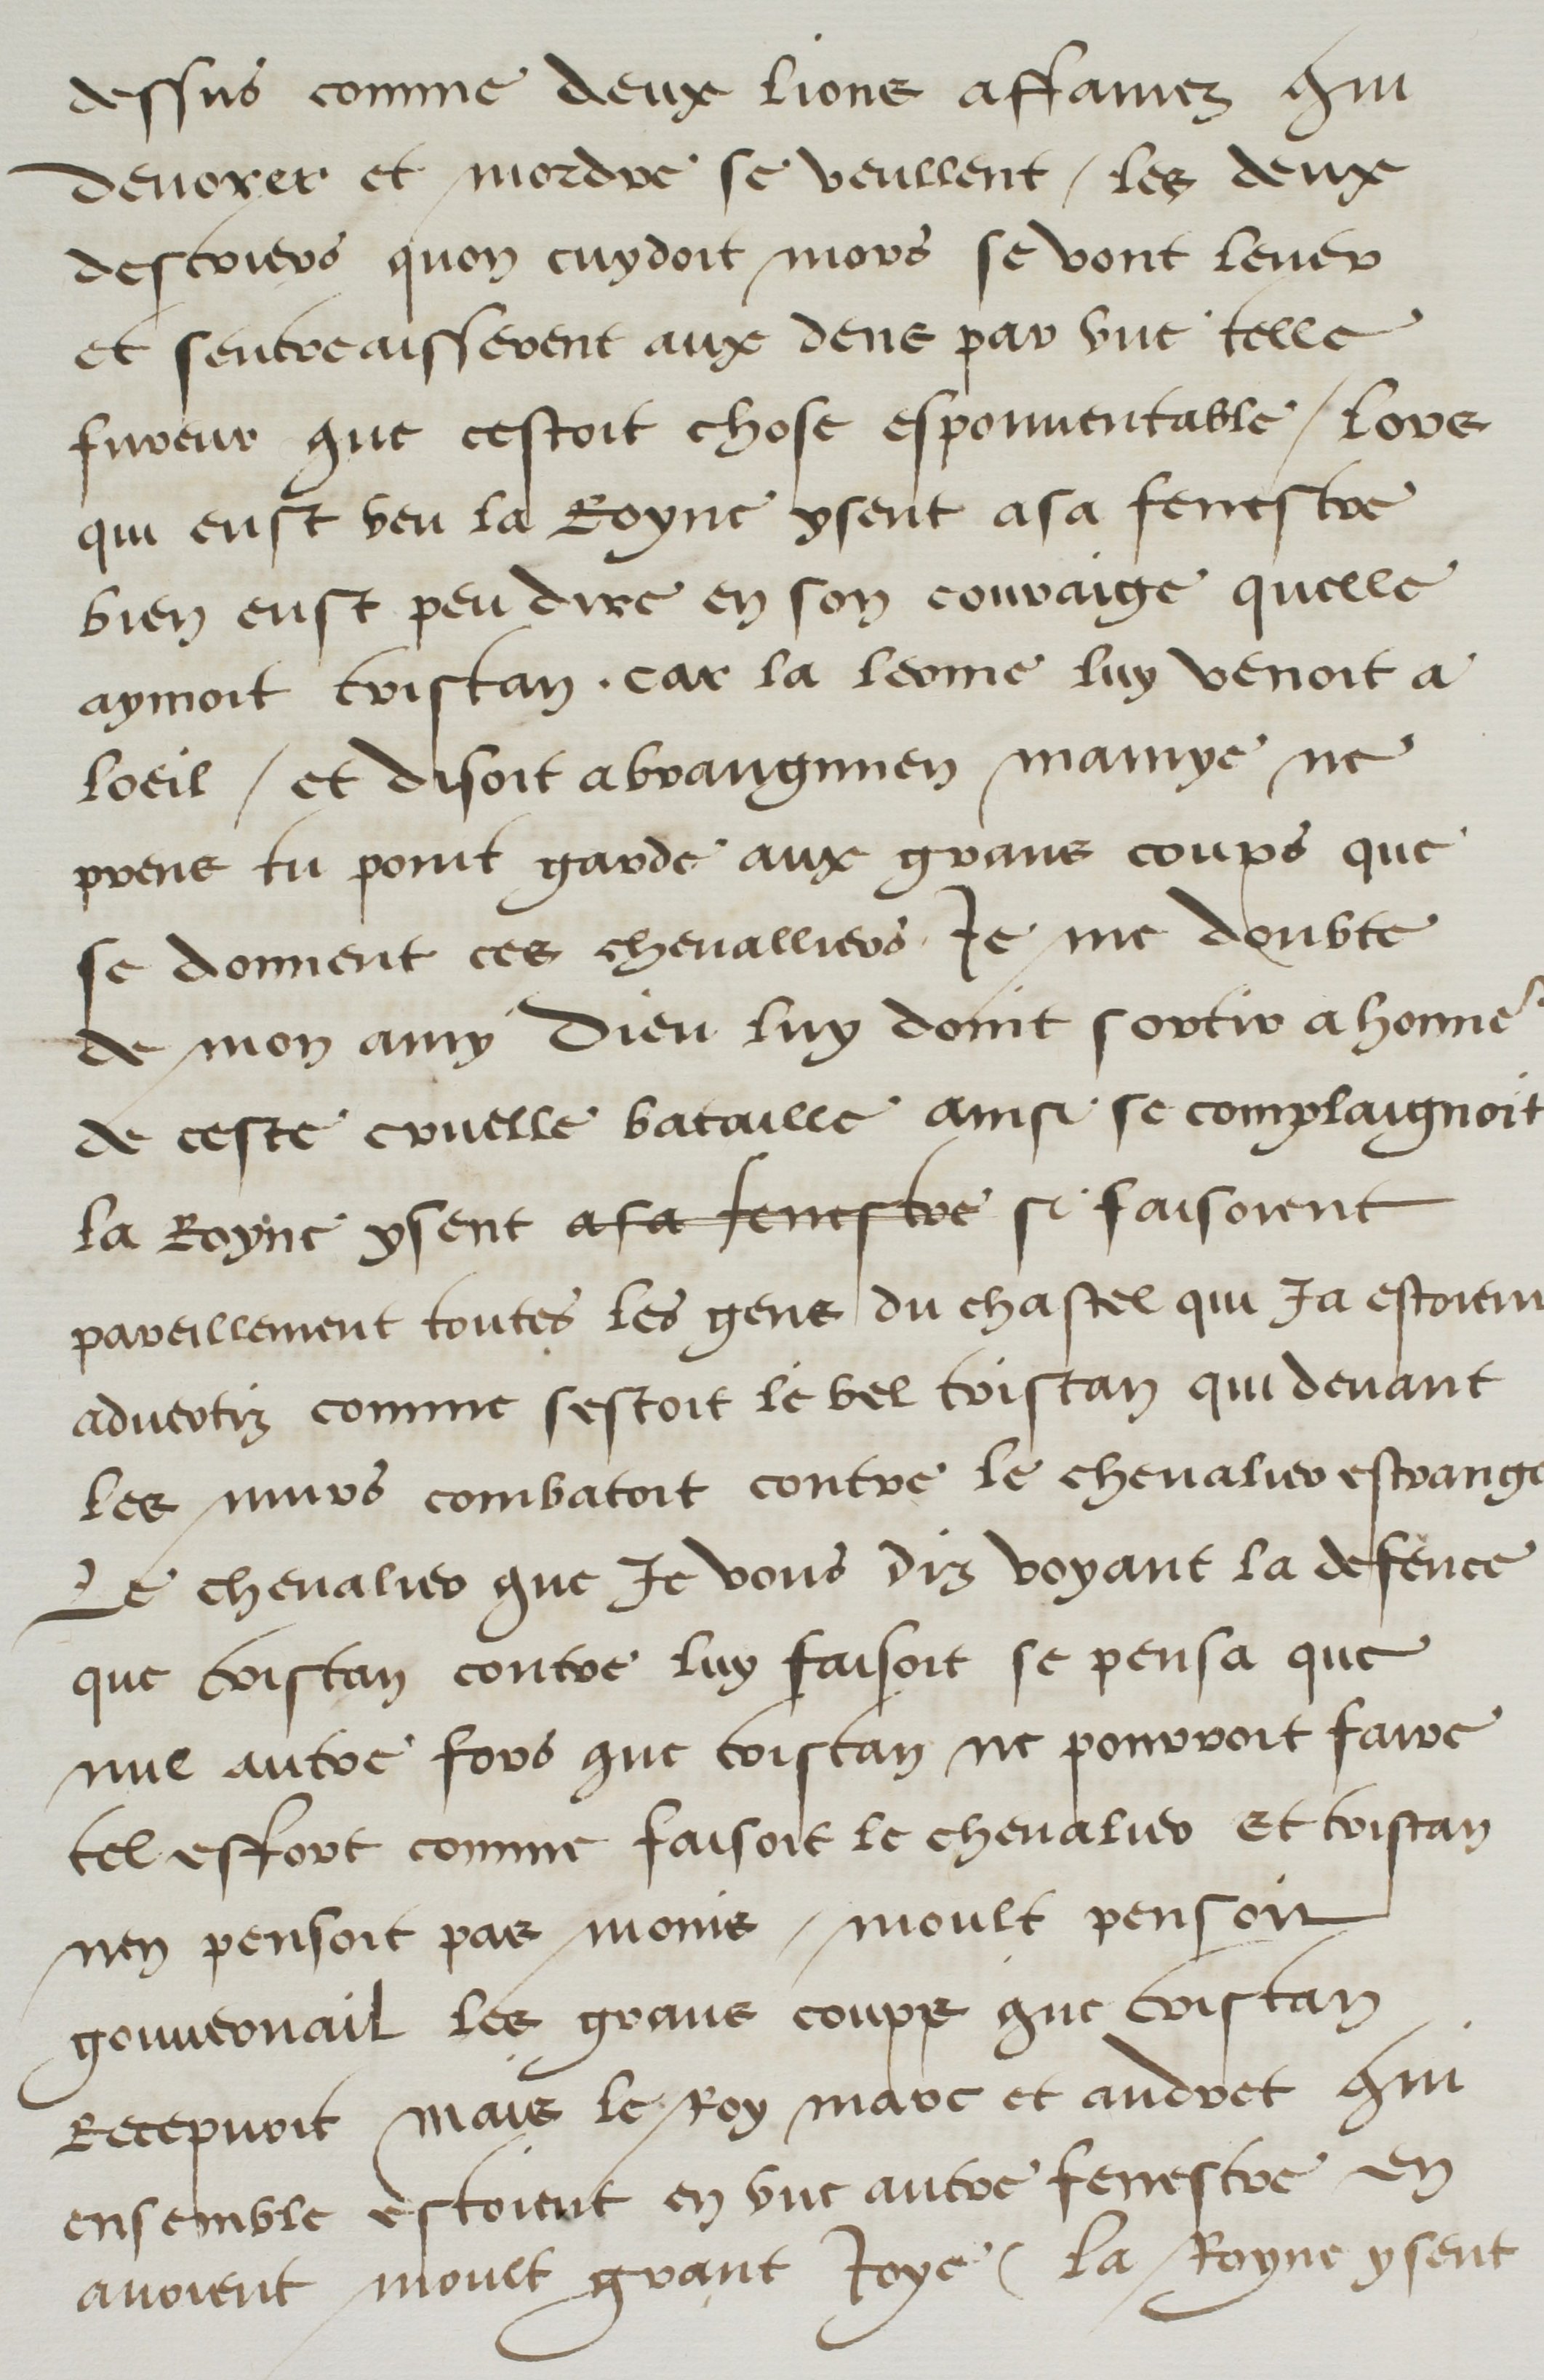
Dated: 1500–1599